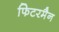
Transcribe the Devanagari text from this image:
फिटरमैन